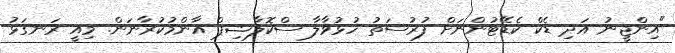
"އިންޖީނު އަދި ޑެކް ކެޑޭޓުންނަށް ފުރުސަތު ހުޅުވާލާ ސްކޮލާޝިޕް އާންމުކުރާނަން. މިއީ ރަނގަޅު